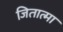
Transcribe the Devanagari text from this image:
जितात्मा